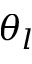
\theta _ { l }